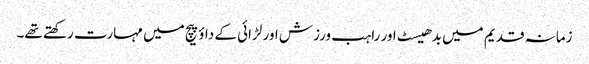
زمانہ قدیم میں بدھیسٹ اور راہب ورزش اور لڑائی کے داؤ پیچ میں مہارت رکھتے تھے۔